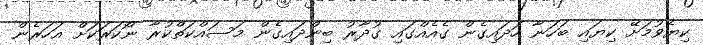
ކިޔެވުމަށޭ ކިޔައި ބަހަނާ ހަދައިގެން ގެއެއްގައި ގުދާރު ބިންދައިގެން މަސައްކަތްކުރާ ނޯކަރަކަށް އަހަރެން